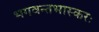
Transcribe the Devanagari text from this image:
भगवन्तभास्करः